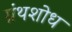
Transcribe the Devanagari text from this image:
ग्रंथशोध